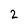
Character: 2